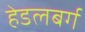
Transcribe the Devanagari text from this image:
हेडलबर्ग